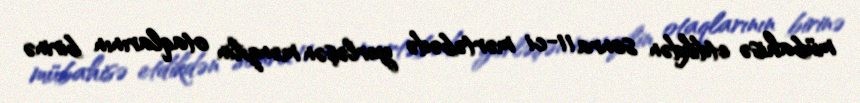
mübahisə etdikdən sonra 11-ci mərtəbədə yerləşən mənzilin otaqlarının birinə